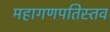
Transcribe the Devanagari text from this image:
महागणपतिस्तव